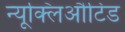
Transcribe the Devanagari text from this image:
न्यूक्लिऔटिड